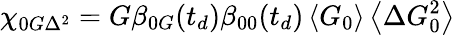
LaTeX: \chi_{0G\Delta^{2}}=G\beta_{0G}(t_{d})\beta_{00}(t_{d})\left\langle G_{0}\right\rangle\left\langle\Delta G_{0}^{2}\right\rangle